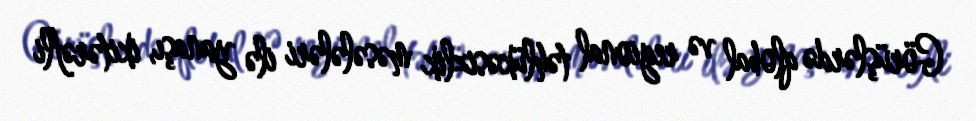
Görüşlərdə qlobal və regional təhlükəsizlik məsələləri ilə yanaşı, ikitərəfli